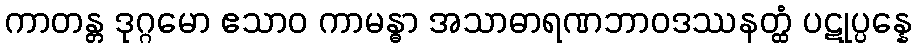
ကာတန္တ ဒုဂ္ဂမော ဧသာဝ ကာမန္ဓာ အသာဓာရဏဘာဝဒဿနတ္ထံ ပဋုပ္ပန္နေ